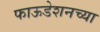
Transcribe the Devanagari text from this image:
फाऊडेशनच्या